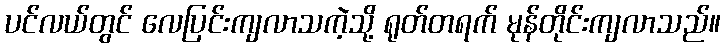
ပင်လယ်တွင် လေပြင်းကျလာသကဲ့သို့ ရုတ်တရက် မုန်တိုင်းကျလာသည်။